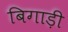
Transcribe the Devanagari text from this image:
बिगाड़ी